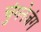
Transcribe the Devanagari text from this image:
चुंगनेजंग